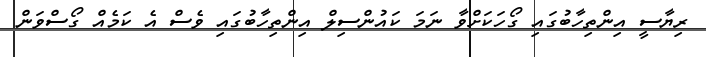
ރިޔާސީ އިންތިހާބުގައި ގޯހަކަށްވާ ނަމަ ކައުންސިލް އިންތިހާބުގައި ވެސް އެ ކަމެއް ގޯސްވަން